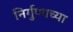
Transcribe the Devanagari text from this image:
निर्गुणाच्या